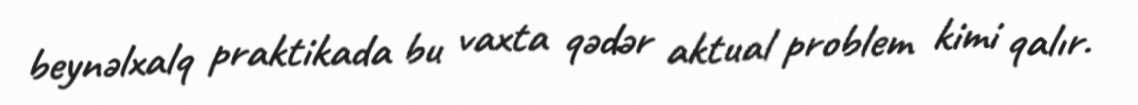
beynəlxalq praktikada bu vaxta qədər aktual problem kimi qalır.